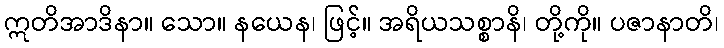
ဣတိအာဒိနာ။ သော။ နယေန၊ ဖြင့်။ အရိယသစ္စာနိ၊ တို့ကို။ ပဇာနာတိ၊